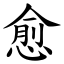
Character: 愈